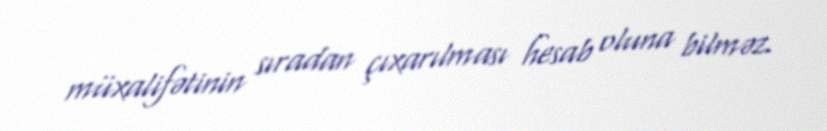
müxalifətinin sıradan çıxarılması hesab oluna bilməz.